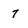
Character: 7